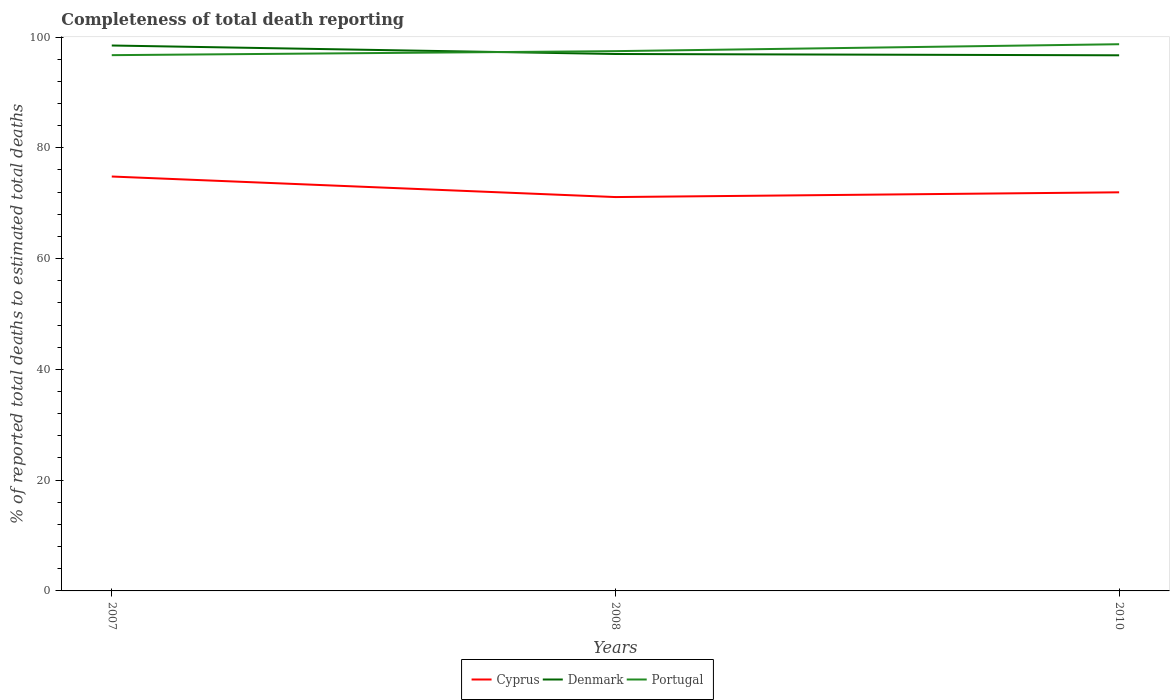
| Years | Cyprus | Denmark | Portugal |
 | --- | --- | --- | --- |
 | 2007 | 74.8 | 98.5 | 96.7 |
 | 2008 | 71.1 | 96.9 | 97.5 |
 | 2010 | 72 | 96.7 | 98.7 |